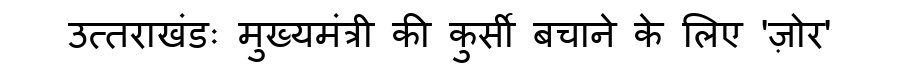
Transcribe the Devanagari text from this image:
उत्तराखंडः मुख्यमंत्री की कुर्सी बचाने के लिए 'ज़ोर'